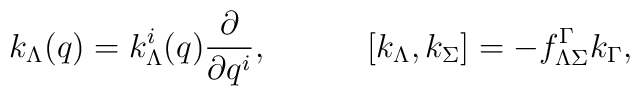
k_\Lambda(q)=k_\Lambda^i(q){\partial\over \partial q^i},\quad\quad\quad[k_\Lambda,k_\Sigma]=- f^\Gamma_{\Lambda\Sigma}k_\Gamma,